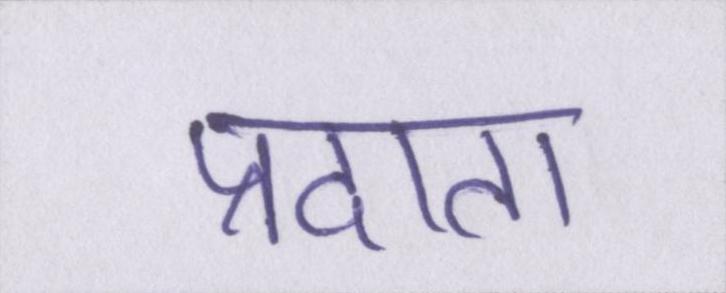
प्रदाता